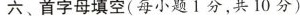
六、首字母填空（每小题1分，共10分）